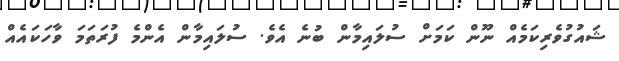
ޝައުގުވެރިކަމެއް ނޫން ކަމަށް ސުލައިމާން ބުނެ އެވެ. ސުލައިމާން އެންމެ ފުރަތަމަ ވާހަކައެއް